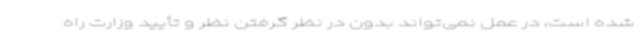
شده است، در عمل نمی‌تواند بدون در نظر گرفتن نظر و تأیید وزارت راه